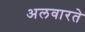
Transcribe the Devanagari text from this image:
अलवारते